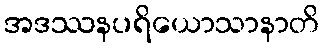
အဒဿနပရိယောသာနာတိ